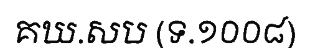
គឃ.សប (ទ.១០០៨)